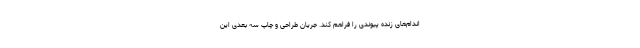
اندام‌های زنده پیوندی را فراهم کند. جریان طراحی و چاپ سه بعدی این